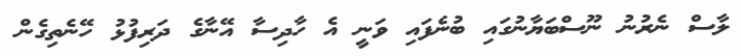
ލާސް ނެރުނު ނޫސްބަޔާނުގައި ބުނެފައި ވަނީ އެ ހާދިސާ އޭނާގެ ދަރިފުޅު ހޭނެތިގެން